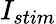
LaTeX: I_{stim}